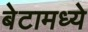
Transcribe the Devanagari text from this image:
बेटामध्ये